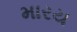
મારય